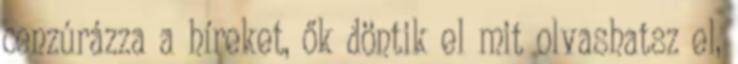
cenzúrázza a híreket, ők döntik el mit olvashatsz el,